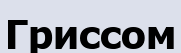
Гриссом